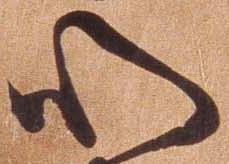
心